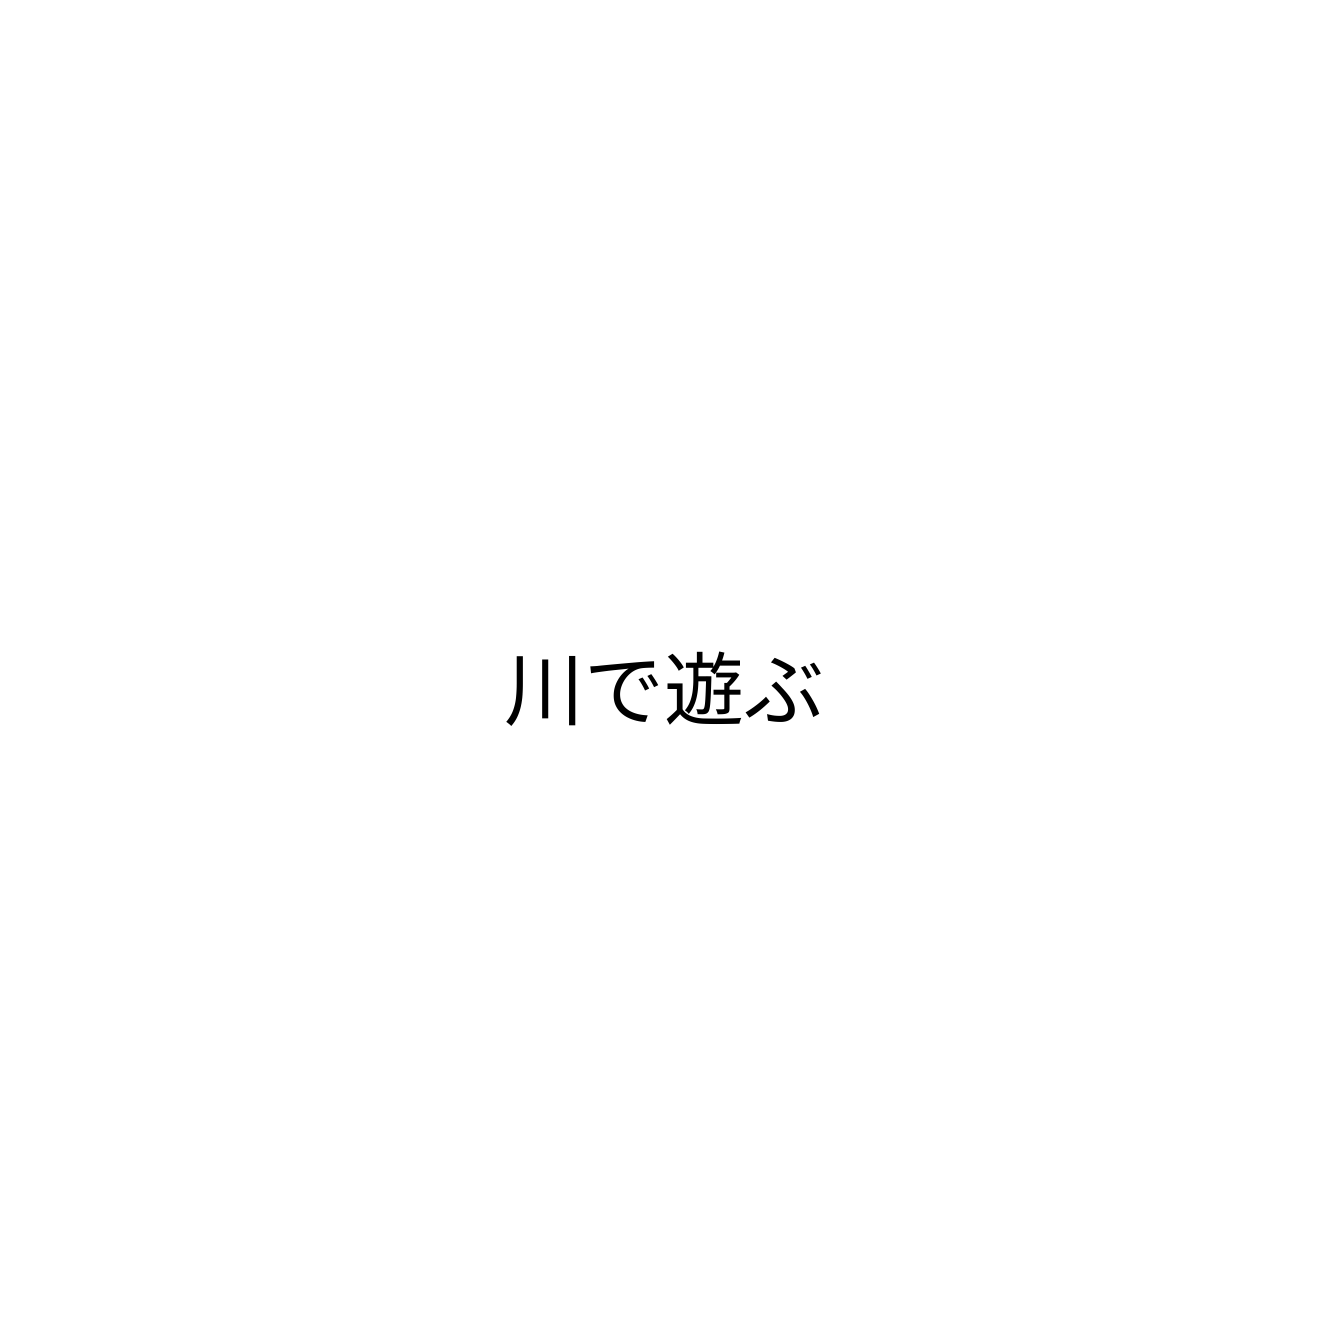
川で遊ぶ